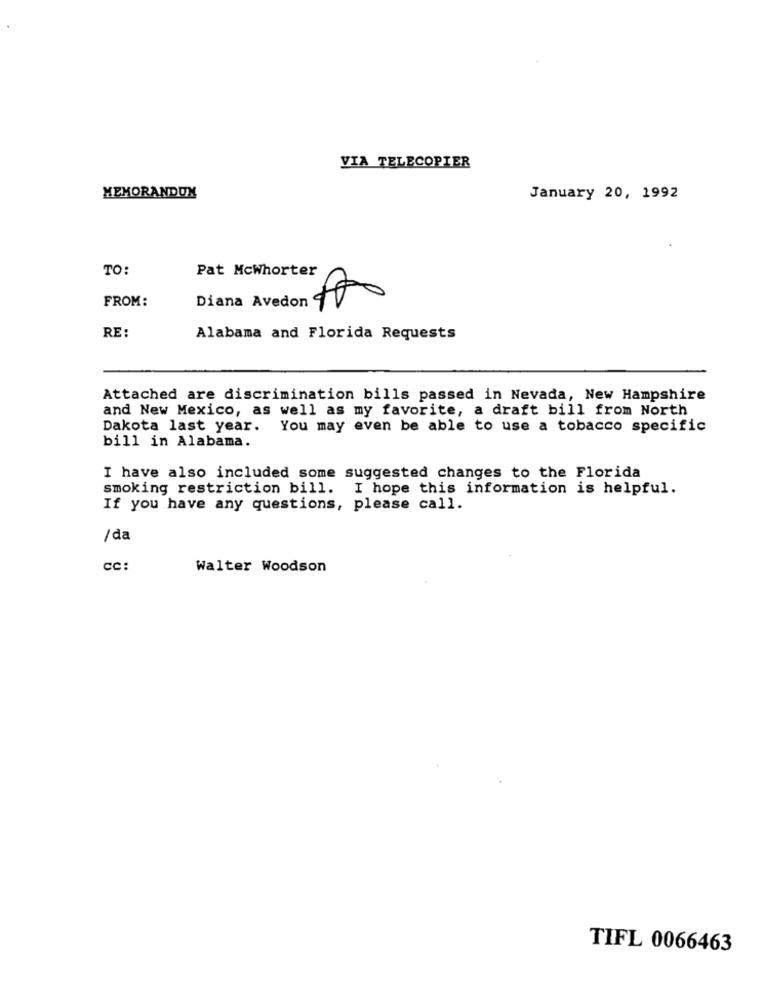
VIA TELECOPIER
MEMORANDON
January 20, 1992
TO:
Pat Mcwhorter
FROM:
Diana Avedon “
RE:
Alabama and Florida Requests
Attached are discrimination bills passed in Nevada, New Hampshire
and New Mexico, as well as my favorite, a draft bill from North
Dakota last year.
You may even be able to use a tobacco specific
bill in Alabama.
I have also included some suggested changes to the Florida
smoking restriction bill. I hope this information is helpful.
If you have any questions, please call.
/da
cc:
Walter Woodson
TIFL 0066463